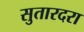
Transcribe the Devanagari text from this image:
सुतारदरा